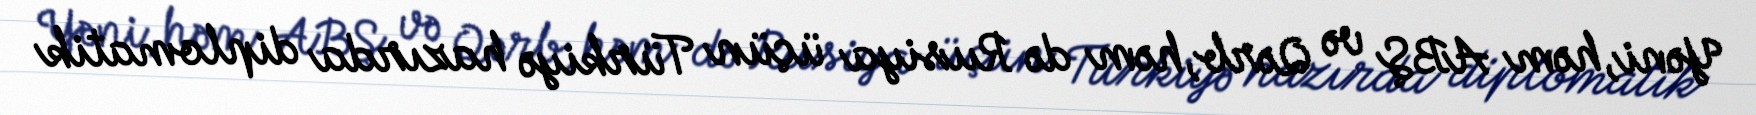
Yəni, həm ABŞ və Qərb, həm də Rusiya üçün Türkiyə hazırda diplomatik